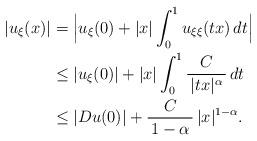
LaTeX: \begin{align*}|u_\xi(x)| &= \Big|u_\xi(0)+|x|\int_0^1u_{\xi\xi}(tx)\,dt\Big| \\&\le |u_\xi(0)|+|x|\int_0^1\frac{C}{\, |tx|^\alpha \,}\,dt \\&\le |D u(0)|+\frac{C}{\, 1-\alpha \,} \, |x|^{1-\alpha}.\end{align*}